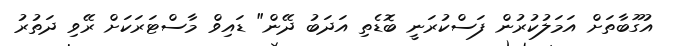
އުގޫބާތަށް އަމަލުކުރުން ފަސްކުރަނީ ބޮޑެތި އަދަބު ދޭން" ޑައިވް މާސްޓަރަކަށް ރޭވި ދަތުރު